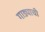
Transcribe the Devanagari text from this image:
गाड्याची